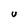
Character: U